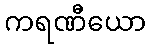
ကရဏီယော